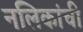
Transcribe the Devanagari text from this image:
नलिकांची